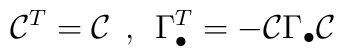
{\cal C}^{T}={\cal C}\: \: ,\: \: \Gamma ^{T}_{\bullet }=-{\cal C}\Gamma _{\bullet }{\cal C}